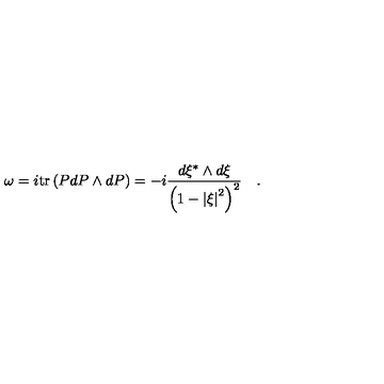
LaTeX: \omega = i \mathrm { t r } \left( { P d P \wedge d P } \right) = - i { \frac { d \xi ^ { * } \wedge d \xi } { \left( { 1 - \left| \xi \right| ^ { 2 } } \right) ^ { 2 } } } \quad .